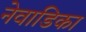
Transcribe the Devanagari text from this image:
नेवाडिका